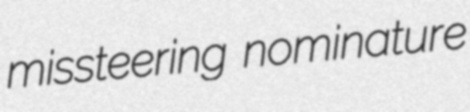
missteering nominature